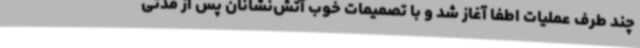
چند طرف عملیات اطفا آغاز شد و با تصمیمات خوب آتش‌نشانان پس از مدتی